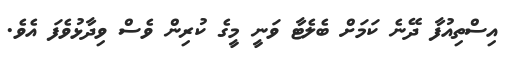
އިސްތިއުފާ ދޭނެ ކަމަށް ބެލެޓާ ވަނީ މީގެ ކުރިން ވެސް ވިދާޅުވެފަ އެވެ.